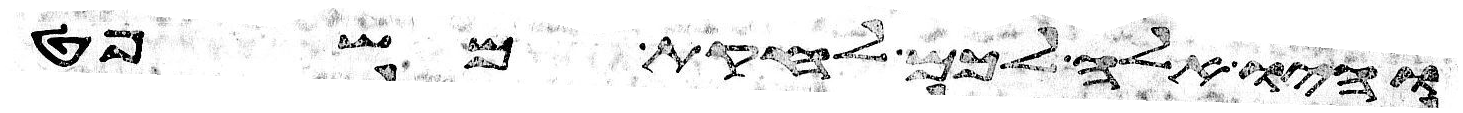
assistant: והיו אלה לכם לחקת משפט